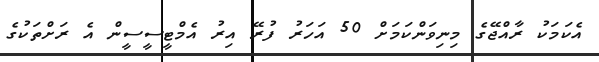
އެކަމަކު ރާއްޖޭގެ މިނިވަންކަމަށް 50 އަހަރު ފުރޭ އިރު އެމްޓީސީސީން އެ ރަށްތަކުގެ